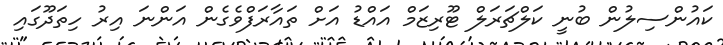
ކައުންސިލުން ބުނީ ކަލްޗަރަލް ޓޫރިޒަމް އައްޑު އަށް ތައާރަފްވެގެން އަންނަ އިރު ހިތަދޫގައި